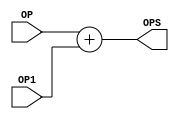
module addsl2(
    input [31:0]OP,
    input [31:0]OP1,
    output reg [31:0]OPS
);

always @*
begin
    OPS <= OP+OP1;
end

endmodule